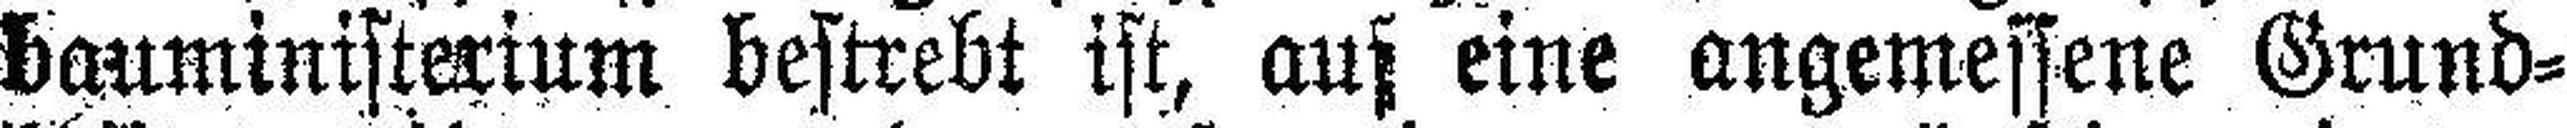
bauministerium bestrebt ist, auf eine angemessene Grund¬